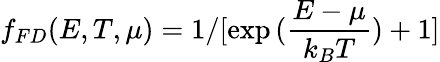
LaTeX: f_{FD}(E,T,\mu)=1/[\exp{(\frac{E-\mu}{k_{B}T})}+1]